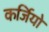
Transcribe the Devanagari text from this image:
कर्जियो